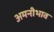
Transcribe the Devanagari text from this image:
अमनीभाव